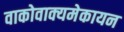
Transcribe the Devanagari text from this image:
वाकोवाक्यमेकायन